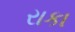
રાકા